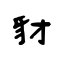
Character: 豺